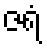
ဇရံ